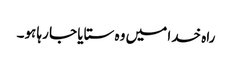
راہ خدا میں وہ ستایا جا رہا ہو۔